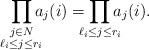
LaTeX: \begin{align*}\begin{aligned}\prod_{\mathclap{\substack{ j\in N \\ \ell_i \le j \le r_i }}} a_j(i) = \prod_{\mathclap{\substack{ \ell_i \le j \le r_i }}} a_j(i).\end{aligned}\end{align*}